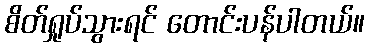
စိတ်ရှုပ်သွားရင် တောင်းပန်ပါတယ်။